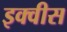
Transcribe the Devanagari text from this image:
इक्वीस